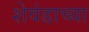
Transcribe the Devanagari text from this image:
शेवंडाच्या